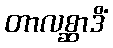
တာလစ္ဆာဒိံ